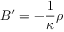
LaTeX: B ^ { \prime } = - \frac { 1 } { \kappa } \rho